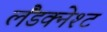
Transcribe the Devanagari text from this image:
लैंडक्नेश्ट